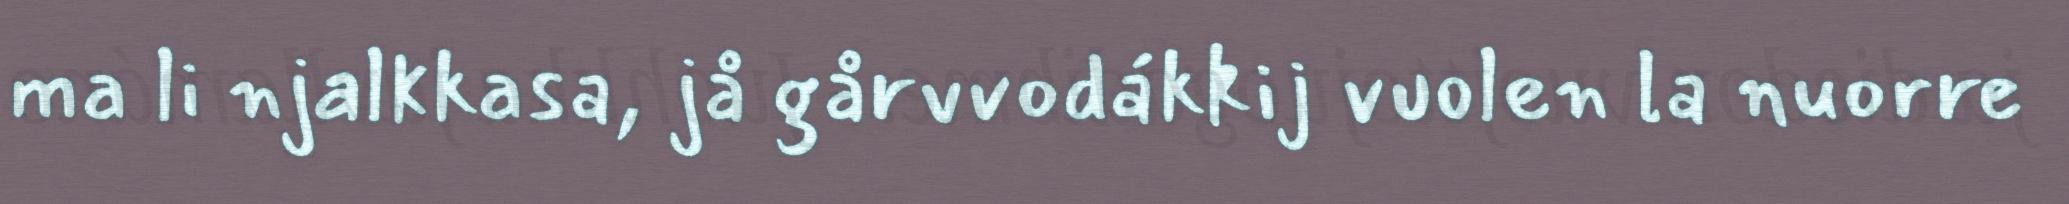
ma li njalkkasa, jå gårvvodákkij vuolen la nuorre